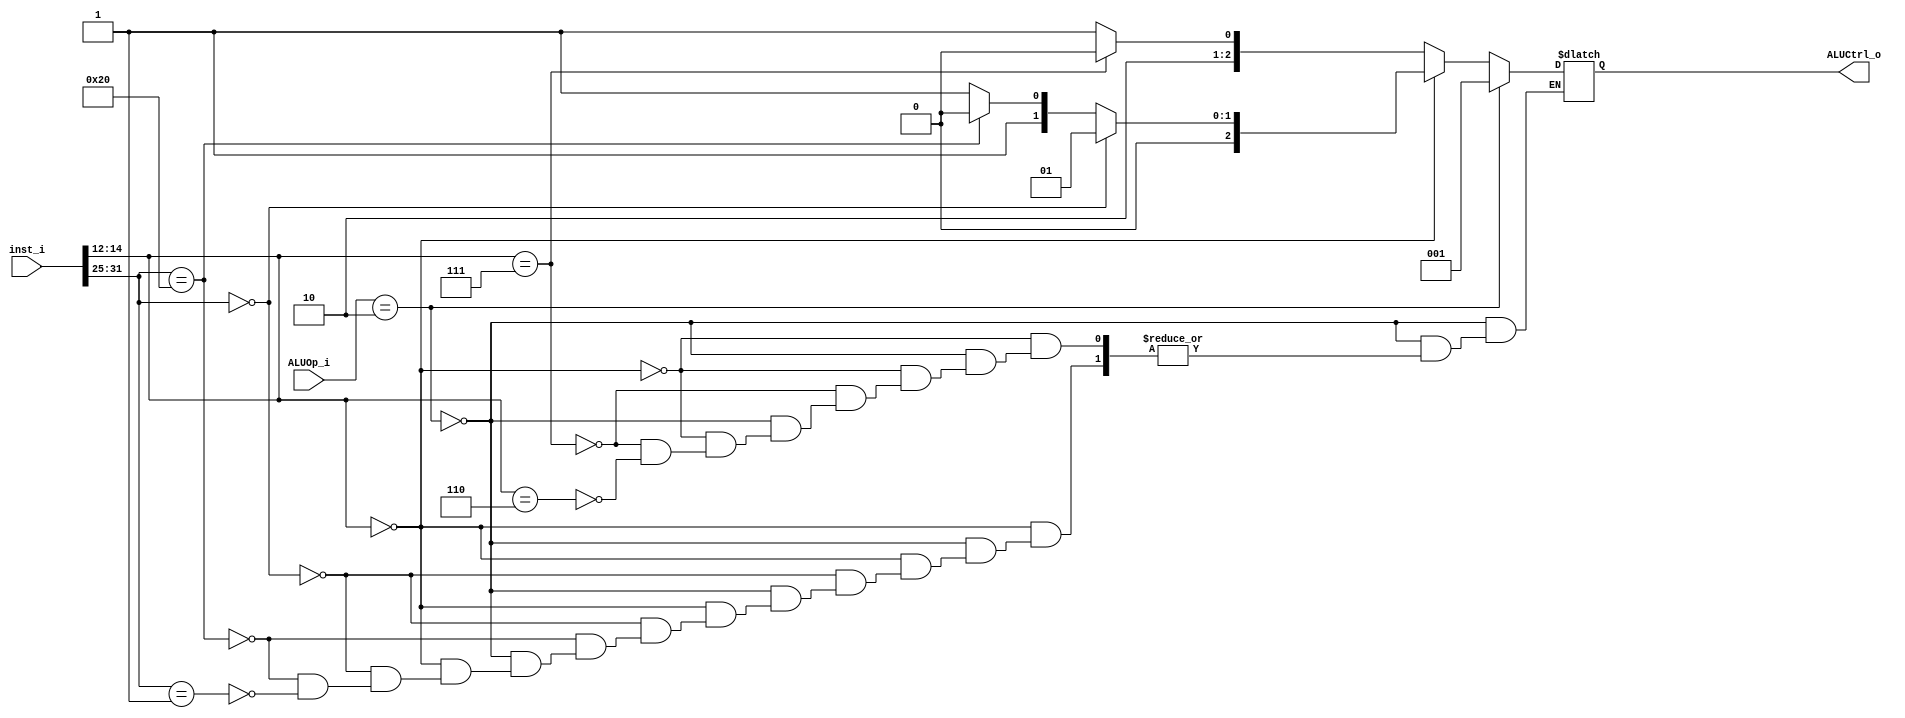
module ALU_Control
(
	inst_i,
	ALUOp_i,
	ALUCtrl_o
);

input  [31 : 0] inst_i;
input  [1 : 0]  ALUOp_i;
output [2 : 0]  ALUCtrl_o;

reg [2 : 0] ALUCtrl_reg;

assign ALUCtrl_o = ALUCtrl_reg;

always @(inst_i or ALUOp_i)
begin
	if (ALUOp_i == 2'b10)
	begin
		ALUCtrl_reg = 3'b001;
	end
	else if (inst_i[14 : 12] == 3'b000)
	begin
		if (inst_i[31 : 25] == 7'b0000000)
		begin
			ALUCtrl_reg = 3'b001;
		end
		else if (inst_i[31 : 25] == 7'b0100000)
		begin
			ALUCtrl_reg = 3'b010;
		end
		else if (inst_i[31 : 25] == 7'b0000001)
		begin
			ALUCtrl_reg = 3'b011;
		end
	end
	else if (inst_i[14 : 12] == 3'b111)
	begin
		ALUCtrl_reg = 3'b100;
	end
	else if (inst_i[14 : 12] == 3'b110)
	begin
		ALUCtrl_reg = 3'b101;
	end
end

endmodule